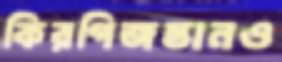
কিরগিজস্তানও